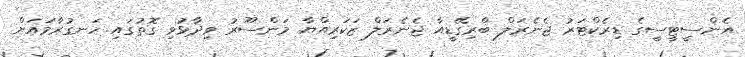
އެންސީޓީސީގެ ޑިރެކްޓަރު ޖެނެރަލް ބްރިގޭޑީއާ ޖެނެރަލް ޒަކަރިއްޔާ މަންސޫރު ވިދާޅުވި ގޮތުގައި ހަނގުރާމައަށް